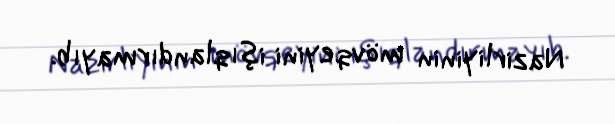
Nazirliyinin mövqeyini işıqlandırmayıb.